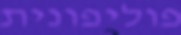
פוליפונית